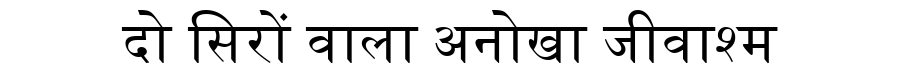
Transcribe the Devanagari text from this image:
दो सिरों वाला अनोखा जीवाश्म